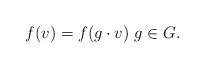
LaTeX: \begin{align*}f(v)=f(g\cdot v)\ g\in G.\end{align*}